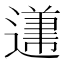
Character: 𲅱